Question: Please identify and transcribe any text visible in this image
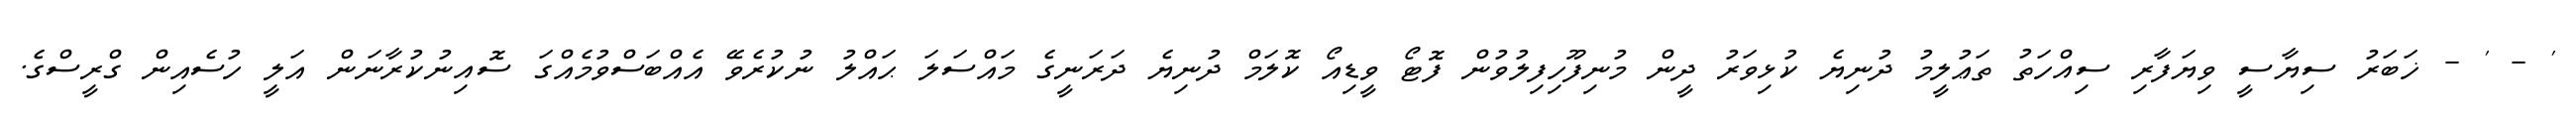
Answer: ' - ' - ޚަބަރު ސިޔާސީ ވިޔަފާރި ސިއްހަތު ތަޢުލީމު ދުނިޔެ ކުޅިވަރު ދީން މުނިފޫހިފިލުވުން ފޮޓޯ ވީޑިއޯ ކޮލަމް ދުނިޔެ ދަރަނީގެ މައްސަލަ ޙައްލު ނުކުރެވޭ އެއްބަސްވުމެއްގަ ސޮއިނުކުރާނަން އަލީ ހުސެއިން ގްރީސްގެ.